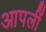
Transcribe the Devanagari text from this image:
आपलीं